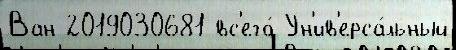
Ван 2019030681 вс'его́ Ун'ив'ерса́льный